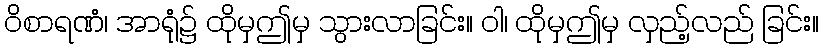
ဝိစာရဏံ၊ အာရုံ၌ ထိုမှဤမှ သွားလာခြင်း။ ဝါ၊ ထိုမှဤမှ လှည့်လည် ခြင်း။